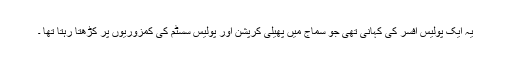
یہ ایک پولیس افسر کی کہانی تھی جو سماج میں پھیلی کرپشن اور پولیس سسٹم کی کمزوریوں پر کڑھتا رہتا تھا ۔